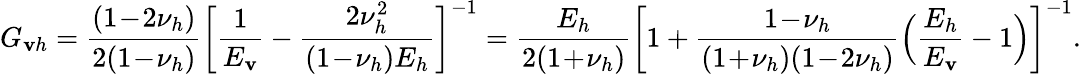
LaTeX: G_{\mathbf{v}h}=\frac{{(1\! -\! 2\nu_{h})}}{{2(1\! -\! \nu_{h})}}\biggl[\frac{{1}}{{E_{\mathbf{v}}}}-\frac{{2\nu_{h}^{2}}}{{(1\! -\! \nu_{h})E_{h}}}\biggr]^{-1}=\frac{{E_{h}}}{{2(1\! +\! \nu_{h})}}\biggl[1+\frac{{1\! -\! \nu_{h}}}{{(1\! +\! \nu_{h})(1\! -\! 2\nu_{h})}}\Bigl(\frac{{E_{h}}}{{E_{\mathbf{v}}}}-1\Bigr)\biggr]^{-1}.